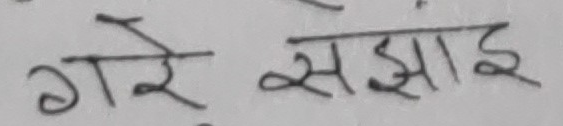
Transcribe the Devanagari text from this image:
गरे सझाई